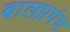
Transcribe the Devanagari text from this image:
बालप्रपंच